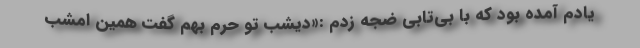
یادم آمده بود که با بی‌تابی ضجه زدم :«دیشب تو حرم بهم گفت همین امشب